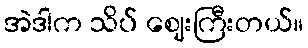
အဲဒါက သိပ် ဈေးကြီးတယ်။